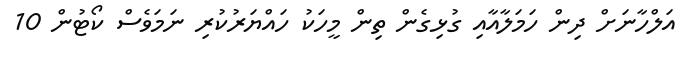
އަލްހާނަށް ދިން ހަމަލާއާއި ގުޅިގެން ތިން މީހަކު ހައްޔަރުކުރި ނަމަވެސް ކޯޓުން 10